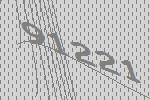
91221